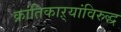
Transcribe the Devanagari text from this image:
क्रांतिकाऱ्यांविरुद्ध